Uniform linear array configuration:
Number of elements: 4
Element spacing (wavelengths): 0.25
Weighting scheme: hamming
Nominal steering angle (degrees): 30
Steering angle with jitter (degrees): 29.232
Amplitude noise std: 0.05
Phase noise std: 0.05

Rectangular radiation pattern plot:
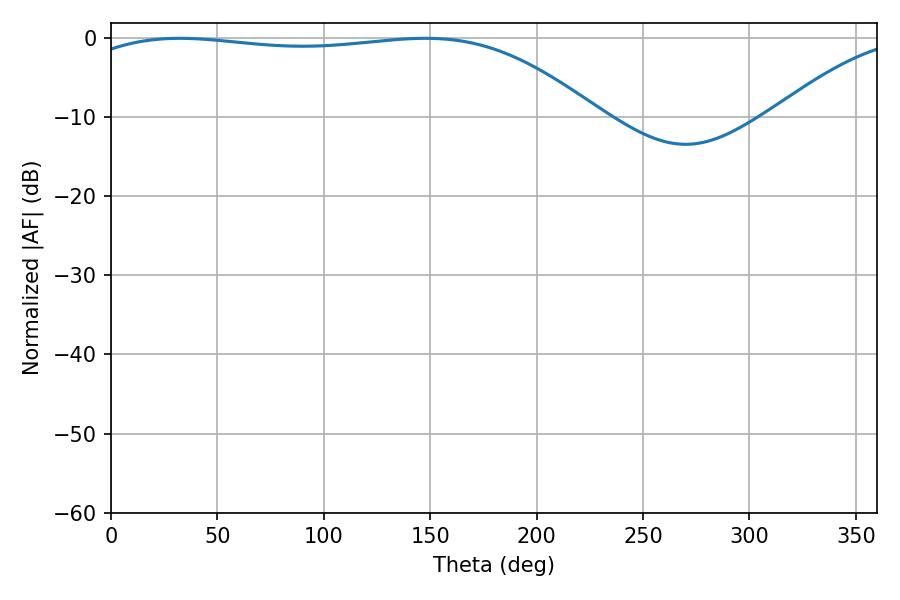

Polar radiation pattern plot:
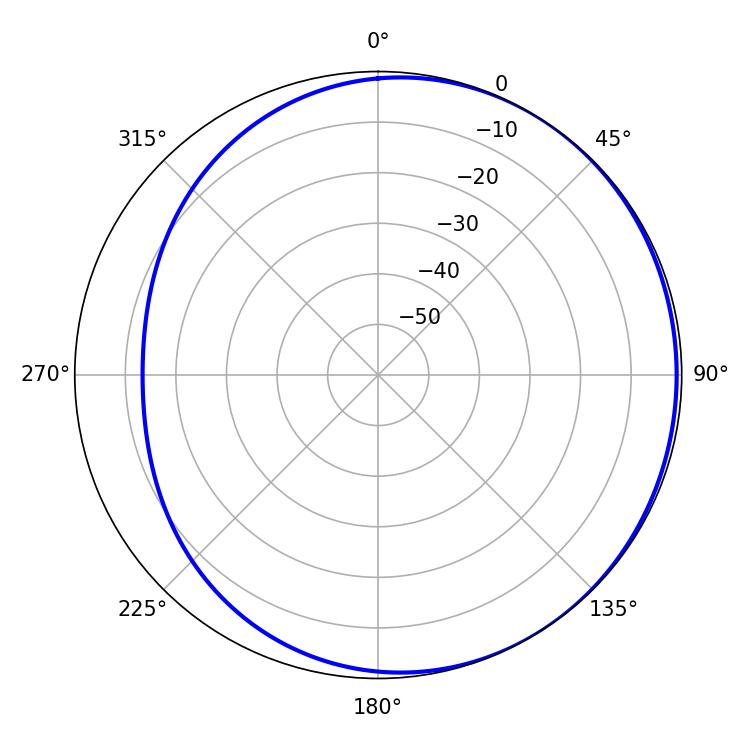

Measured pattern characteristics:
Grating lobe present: FALSE
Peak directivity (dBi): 1.28
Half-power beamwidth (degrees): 194.58
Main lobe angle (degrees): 32.22